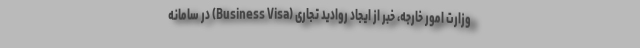
وزارت امور خارجه، خبر از ایجاد روادید تجاری (Business Visa) در سامانه